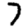
Digit: 7